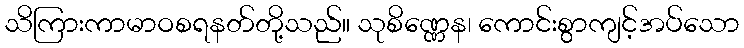
သိကြားကာမာဝစရနတ်တို့သည်။ သုစိဏ္ဏေန၊ ကောင်းစွာကျင့်အပ်သော